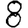
Digit: 8